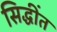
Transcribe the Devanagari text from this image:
सिद्धींत